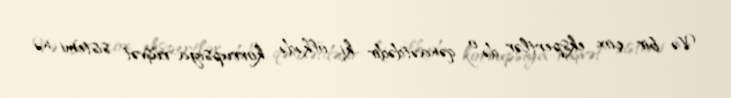
Və bir çox ekspertlər də o qənaətdədir ki, ölkədə korrupsiya-rüşvət sistemi nə